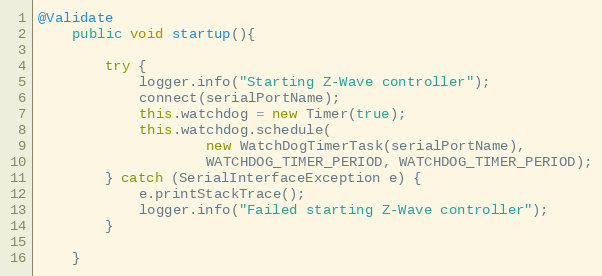
Language: Java
@Validate
	public void startup(){

		try {
			logger.info("Starting Z-Wave controller");
			connect(serialPortName);
			this.watchdog = new Timer(true);
			this.watchdog.schedule(
					new WatchDogTimerTask(serialPortName),
					WATCHDOG_TIMER_PERIOD, WATCHDOG_TIMER_PERIOD);
		} catch (SerialInterfaceException e) {
			e.printStackTrace();
			logger.info("Failed starting Z-Wave controller");
		}

	}